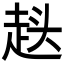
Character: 𮚷